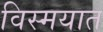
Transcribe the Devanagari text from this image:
विस्मयात